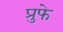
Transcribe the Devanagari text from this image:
प्रुफे